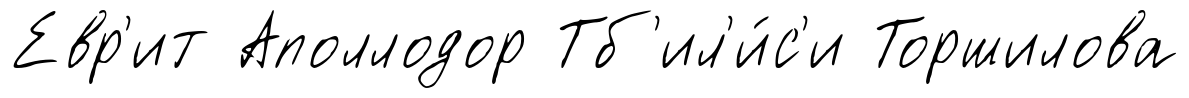
Евр'ит Аполлодор Тб'ил'и́с'и Торшилова